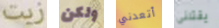
زيت ولكن أتعدني يقتلنى